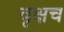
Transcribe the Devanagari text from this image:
वृक्षच